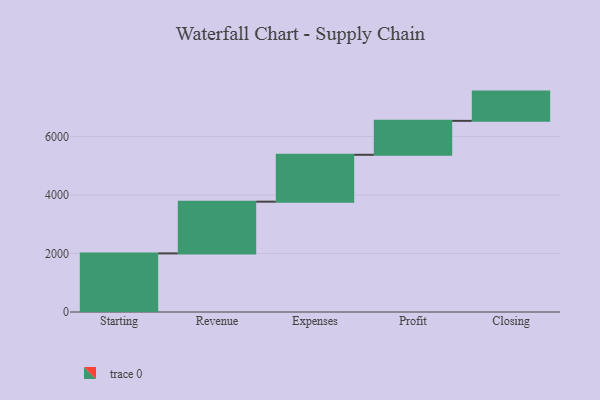
{"axis": {"x": "Step", "y": "Value"}, "legend": [""], "data": [{"x": "Starting", "y": 2003.0, "type": ""}, {"x": "Revenue", "y": 1768.0, "type": ""}, {"x": "Expenses", "y": 1602.0, "type": ""}, {"x": "Profit", "y": 1160.0, "type": ""}, {"x": "Closing", "y": 1000, "type": ""}]}